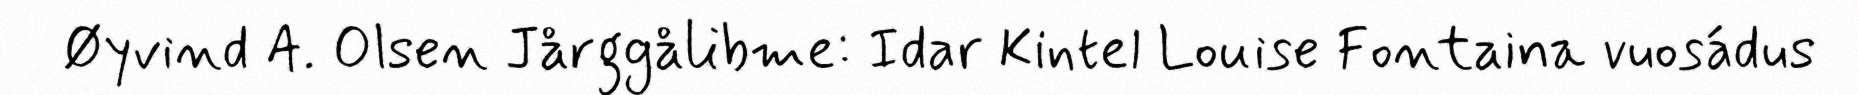
Øyvind A. Olsen Jårggålibme: Idar Kintel Louise Fontaina vuosádus